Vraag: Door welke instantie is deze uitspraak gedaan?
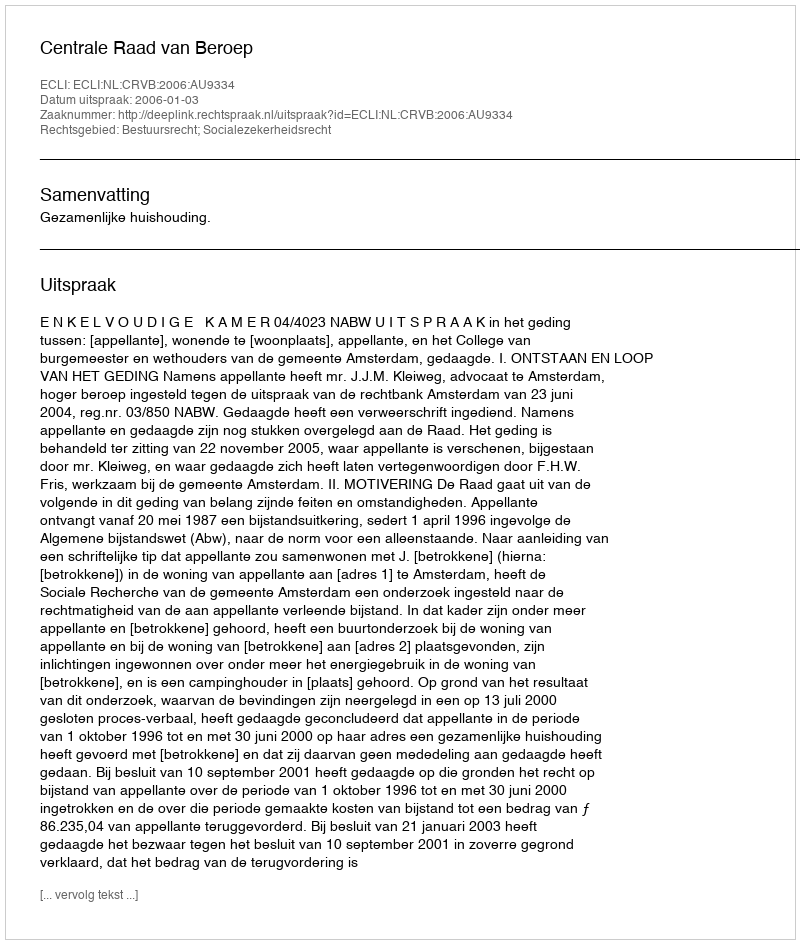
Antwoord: Centrale Raad van Beroep